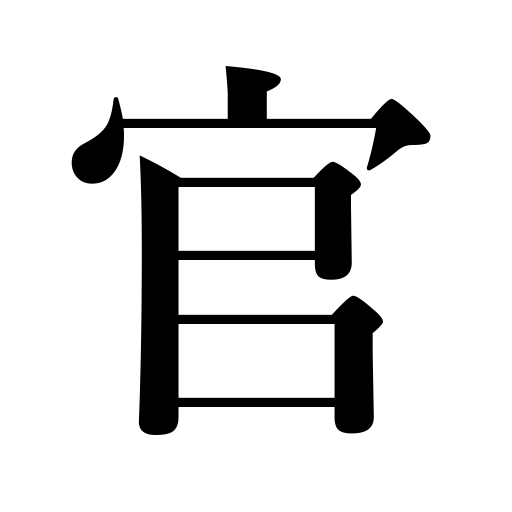
Meanings: the authorities,the Government,the Court